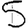
Digit: 5